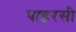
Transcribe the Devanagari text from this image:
पाइरसी